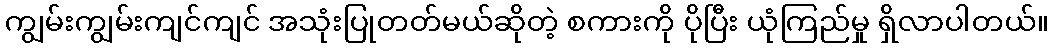
ကျွမ်းကျွမ်းကျင်ကျင် အသုံးပြုတတ်မယ်ဆိုတဲ့ စကားကို ပိုပြီး ယုံကြည်မှု ရှိလာပါတယ်။